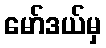
မော်ဒယ်မှ